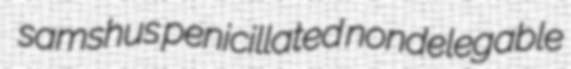
samshus penicillated nondelegable